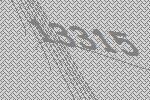
13315